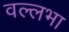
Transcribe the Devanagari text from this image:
वल्लभा